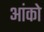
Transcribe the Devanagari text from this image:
आंको